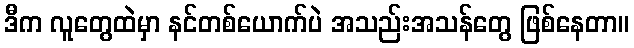
ဒီက လူတွေထဲမှာ နင်တစ်ယောက်ပဲ အသည်းအသန်တွေ ဖြစ်နေတာ။